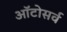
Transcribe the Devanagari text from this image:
ऑटोसर्व